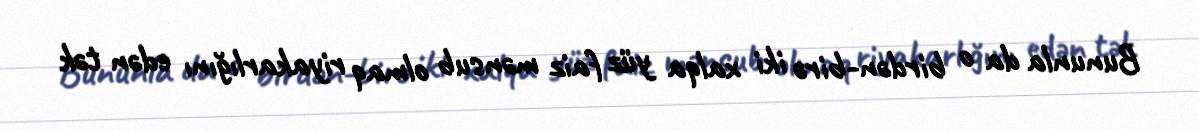
Bununla da o birdən-birə iki xalqa yüz faiz mənsub olmaq riyakarlığını edən tək